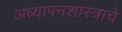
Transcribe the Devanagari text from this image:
अध्यापनशास्त्राचे